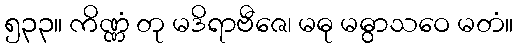
၅၃၃။ ကိဏ္ဏံ တု မဒိရာဗီဇေ၊ မဓု မဓွာသဝေ မတံ။